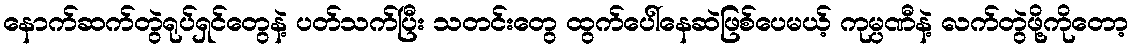
နောက်ဆက်တွဲရုပ်ရှင်တွေနဲ့ ပတ်သက်ပြီး သတင်းတွေ ထွက်ပေါ်နေဆဲဖြစ်ပေမယ့် ကုမ္ပဏီနဲ့ လက်တွဲဖို့ကိုတော့